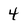
Character: 4